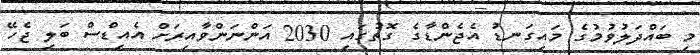
މި ބައްދަލުވުމުގެ މައިގަނޑު އެޖެންޑާގެ ގޮތުގައި 2030 އަންނަންވާއިރަށް އެއިޑްސް ބަލި ޖެހޭ